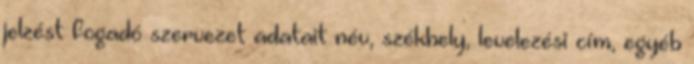
jelzést fogadó szervezet adatait név, székhely, levelezési cím, egyéb